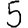
Digit: 5